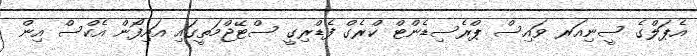
އެޕަލްގެ ސީނިއަރ ވައިސް ޕްރެސިޑެންޓް ކްރެގް ފެޑްރިގީ ސްޓޭޖްމަތީގައި އައިފޯން އެކްސް އިން